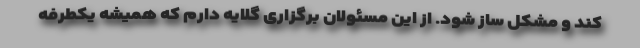
کند و مشکل ساز شود. از این مسئولان برگزاری گلایه دارم که همیشه یکطرفه